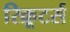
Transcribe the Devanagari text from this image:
रिक्रूटर्स